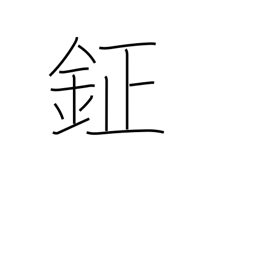
Meaning: bell